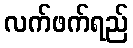
လက်ဖက်ရည်